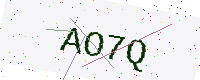
Text: AO7Q